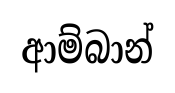
ආම්බාන්